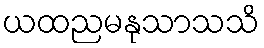
ယထညမနုသာသသိ